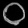
Digit: ၀